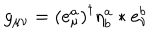
g _ { \mu \nu } = \left( e _ { \mu } ^ { a } \right) ^ { \dagger } \eta _ { b } ^ { a } \ast e _ { \nu } ^ { b }